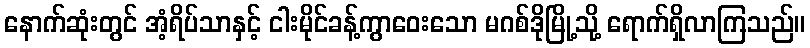
နောက်ဆုံးတွင် အံ့ရိပ်သာနှင့် ငါးမိုင်ခန့်ကွာဝေးသော မဂစ်ဒိုမြို့သို့ ရောက်ရှိလာကြသည်။